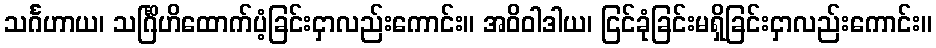
သင်္ဂဟာယ၊ သင်္ဂြိဟိထောက်ပံ့ခြင်းငှာလည်းကောင်း။ အဝိဝါဒါယ၊ ငြင်ခုံခြင်းမရှိခြင်းငှာလည်းကောင်း။